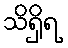
သိရှိရ